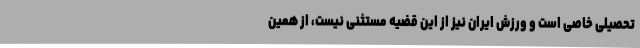
تحصیلی خاصی است و ورزش ایران نیز از این قضیه مستثنی نیست، از همین